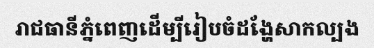
រាជធានីភ្នំពេញដើម្បីរៀបចំដង្ហែសាកល្បង